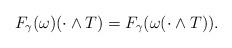
LaTeX: \begin{align*}F_\gamma(\omega)(\cdot\wedge T)=F_\gamma(\omega(\cdot\wedge T)).\end{align*}